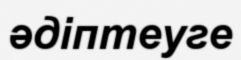
әдіптеуге